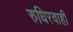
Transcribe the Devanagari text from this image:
रुधिरवाही